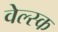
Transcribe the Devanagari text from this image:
वेल्स्क